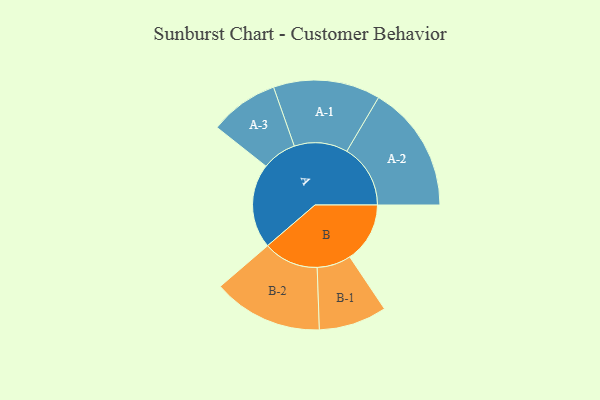
{"axis": {"x": "Segment", "y": "Value"}, "legend": ["", "A", "B"], "data": [{"x": "A", "y": 343, "type": ""}, {"x": "B", "y": 244, "type": ""}, {"x": "A-1", "y": 217, "type": "A"}, {"x": "A-2", "y": 258, "type": "A"}, {"x": "A-3", "y": 140, "type": "A"}, {"x": "B-1", "y": 138, "type": "B"}, {"x": "B-2", "y": 223, "type": "B"}]}